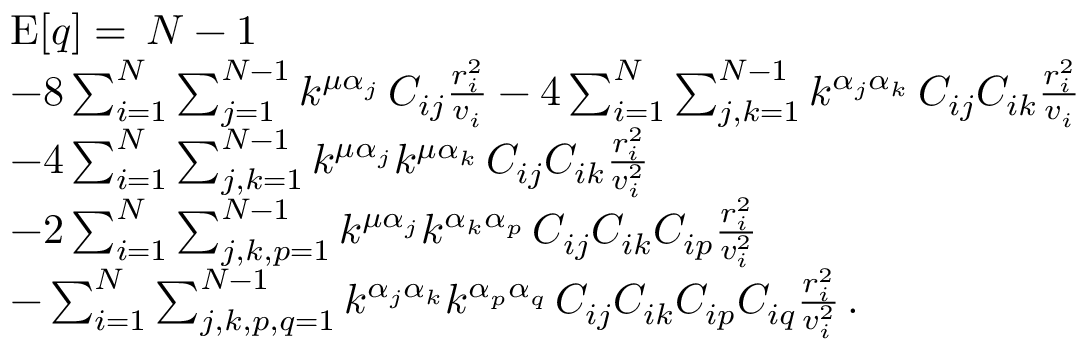
\begin{array} { r l } & { \mathrm { E } [ q ] = \, N - 1 } \\ & { - 8 \sum _ { i = 1 } ^ { N } \sum _ { j = 1 } ^ { N - 1 } k ^ { \mu \alpha _ { j } } \, C _ { i j } \frac { r _ { i } ^ { 2 } } { v _ { i } } - 4 \sum _ { i = 1 } ^ { N } \sum _ { j , k = 1 } ^ { N - 1 } k ^ { \alpha _ { j } \alpha _ { k } } \, C _ { i j } C _ { i k } \frac { r _ { i } ^ { 2 } } { v _ { i } } } \\ & { - 4 \sum _ { i = 1 } ^ { N } \sum _ { j , k = 1 } ^ { N - 1 } k ^ { \mu \alpha _ { j } } k ^ { \mu \alpha _ { k } } \, C _ { i j } C _ { i k } \frac { r _ { i } ^ { 2 } } { v _ { i } ^ { 2 } } } \\ & { - 2 \sum _ { i = 1 } ^ { N } \sum _ { j , k , p = 1 } ^ { N - 1 } k ^ { \mu \alpha _ { j } } k ^ { \alpha _ { k } \alpha _ { p } } \, C _ { i j } C _ { i k } C _ { i p } \frac { r _ { i } ^ { 2 } } { v _ { i } ^ { 2 } } } \\ & { - \sum _ { i = 1 } ^ { N } \sum _ { j , k , p , q = 1 } ^ { N - 1 } k ^ { \alpha _ { j } \alpha _ { k } } k ^ { \alpha _ { p } \alpha _ { q } } \, C _ { i j } C _ { i k } C _ { i p } C _ { i q } \frac { r _ { i } ^ { 2 } } { v _ { i } ^ { 2 } } \, . } \end{array}